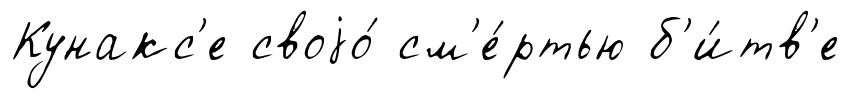
Кунакс'е своjо́ см'е́ртью б'и́тв'е